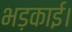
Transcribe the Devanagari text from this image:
भड़काई।